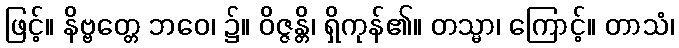
ဖြင့်။ နိဗ္ဗတ္တေ ဘဝေ၊ ၌။ ဝိဇ္ဇန္တိ၊ ရှိကုန်၏။ တသ္မာ၊ ကြောင့်။ တာသံ၊